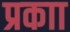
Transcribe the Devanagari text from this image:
प्रकाा